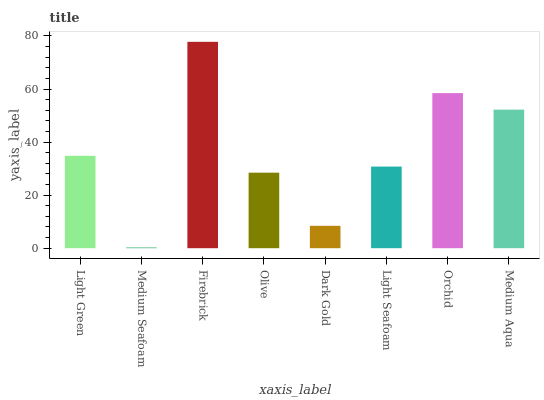
| xaxis_label | bars |
 | --- | --- |
 | Light Green | 34.8 |
 | Medium Seafoam | 0.276 |
 | Firebrick | 77.8 |
 | Olive | 28.5 |
 | Dark Gold | 8.43 |
 | Light Seafoam | 30.8 |
 | Orchid | 58.4 |
 | Medium Aqua | 52.2 |